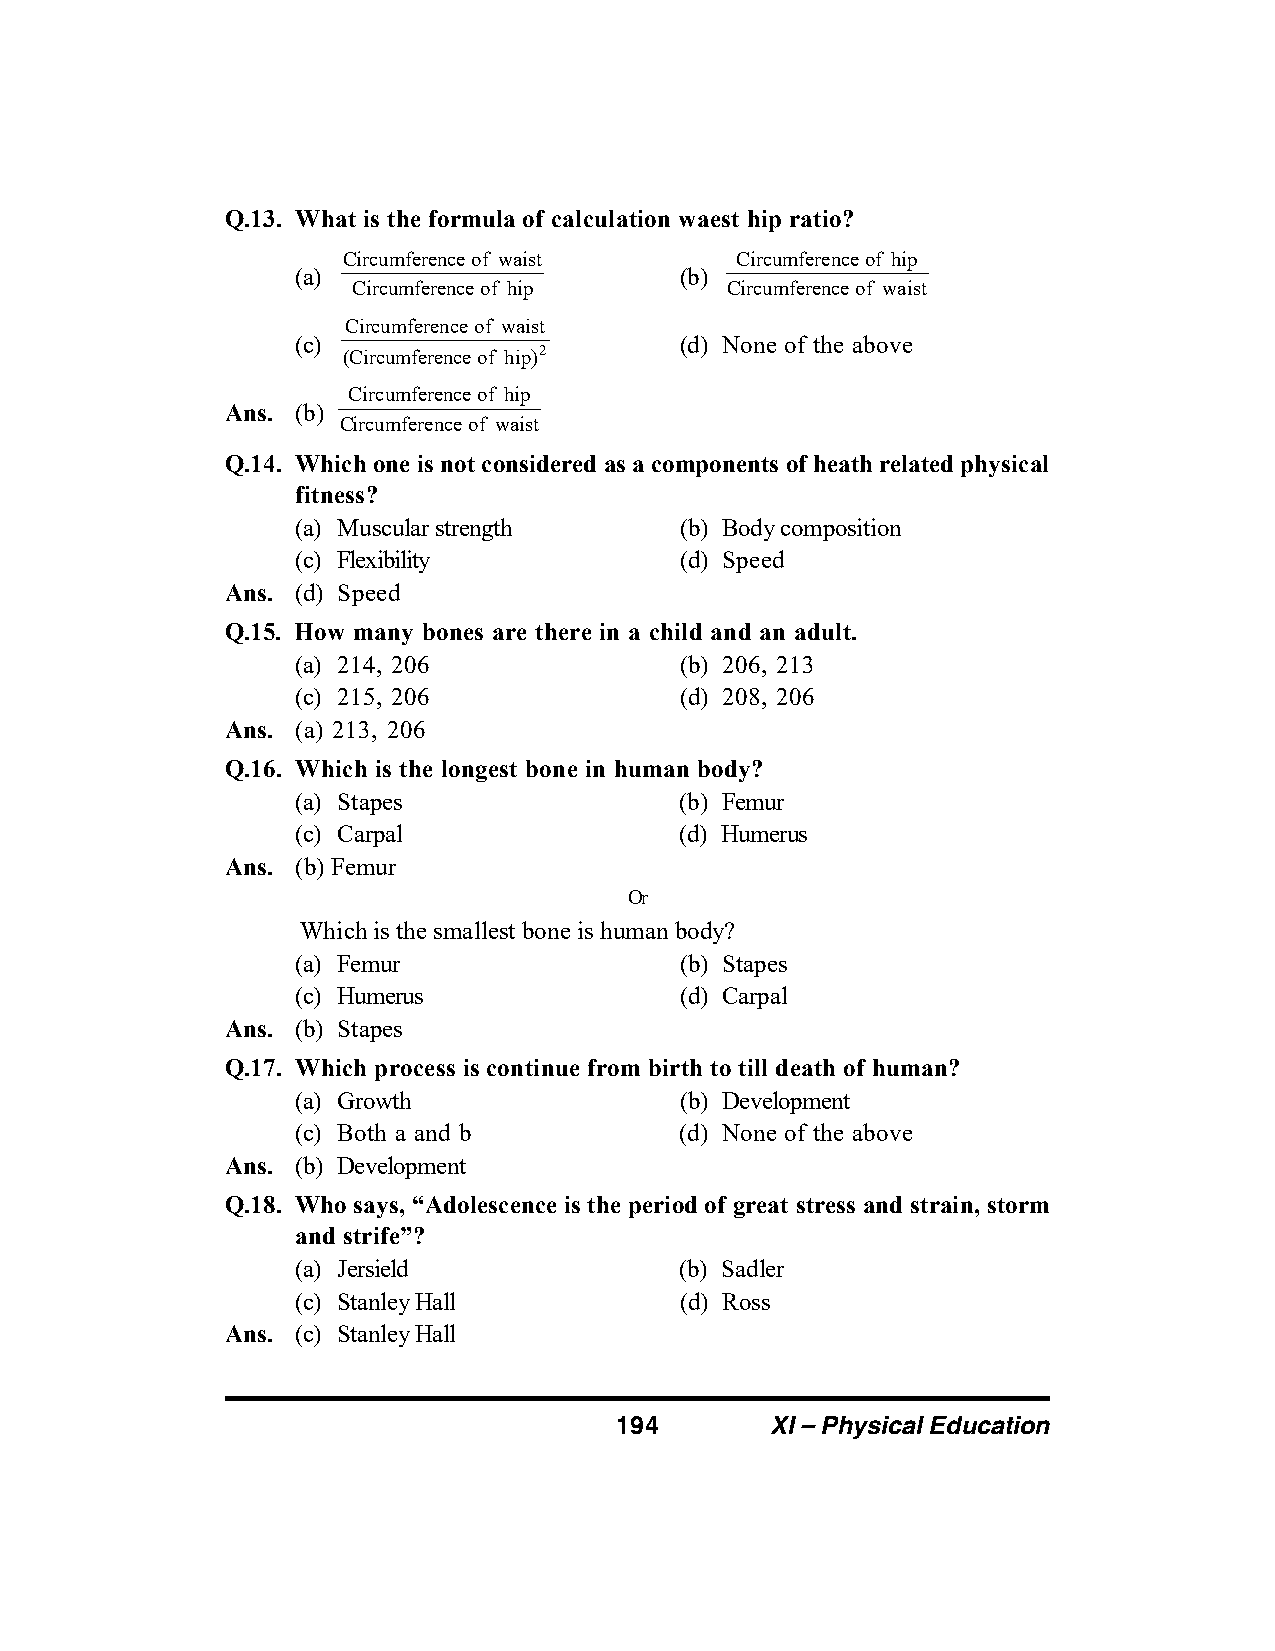
Q.13. What is the formula of calculation waest hip ratio?
 Circumferenceof waist     Circumferenceof hip
 (a)                      (b)
 Circumferenceof hip      Circumferenceof waist
 Circumferenceof waist
 (c)                      (d) None of the above
 (Circumferenceof hip)2
 Circumferenceof hip
 Ans. (b)
 Circumferenceof waist
 Q.14. Which one is not considered as a components of heath related physical
 fitness?
 (a) Muscular strength    (b) Body composition
 (c) Flexibility          (d) Speed
 Ans. (d) Speed
 Q.15. How many bones are there in a child and an adult.
 (a) 214, 206             (b) 206, 213
 (c) 215, 206             (d) 208, 206
 Ans. (a) 213, 206
 Q.16. Which is the longest bone in human body?
 (a) Stapes               (b) Femur
 (c) Carpal               (d) Humerus
 Ans. (b) Femur
 Or
 Which is the smallest bone is human body?
 (a) Femur                (b) Stapes
 (c) Humerus              (d) Carpal
 Ans. (b) Stapes
 Q.17. Which process is continue from birth to till death of human?
 (a) Growth               (b) Development
 (c) Both a and b         (d) None of the above
 Ans. (b) Development
 Q.18. Who says, “Adolescence is the period of great stress and strain, storm
 and strife”?
 (a) Jersield             (b) Sadler
 (c) Stanley Hall         (d) Ross
 Ans. (c) Stanley Hall
 194       XI – Physical Education